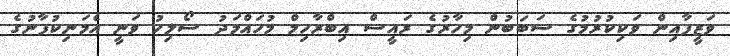
ވަޒީފާއިން ވަކިކުރުމުގެ ސަބަބުން މިހާރުގެ ރައީސް އިބްރާހިމް މުހައްމަދު ސޯލިހު ވަނީ އެމަނިކުފާނުގެ